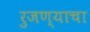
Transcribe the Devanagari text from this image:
रुजण्याचा